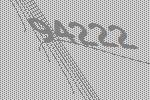
94222